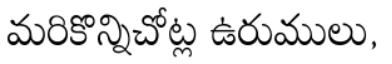
మరికొన్నిచోట్ల ఉరుములు,